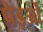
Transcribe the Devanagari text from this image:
पेड़ओं